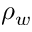
\rho _ { w }